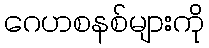
ဂေဟစနစ်များကို